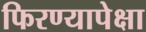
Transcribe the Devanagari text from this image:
फिरण्यापेक्षा